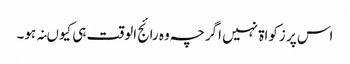
اس پر زکواۃ نہیں اگرچہ وہ رائج الوقت ہی کیوںنہ ہو۔